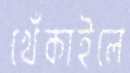
খেঁকাইলে